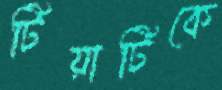
টিয়াটিকে